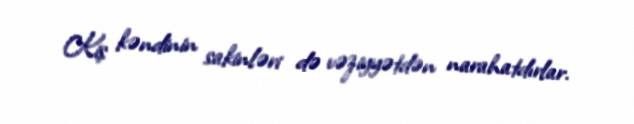
Kiş kəndinin sakinləri də vəziyyətdən narahatdırlar.